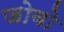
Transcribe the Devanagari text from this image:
जोवो